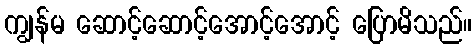
ကျွန်မ ဆောင့်ဆောင့်အောင့်အောင့် ပြောမိသည်။